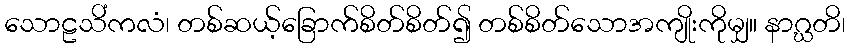
သောဠသိံကလံ၊ တစ်ဆယ့်ခြောက်စိတ်စိတ်၍ တစ်စိတ်သောအကျိုးကိုမျှ။ နာဂ္ဃတိ၊